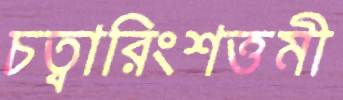
চত্বারিংশত্তমী